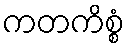
ကတကိစ္စံ